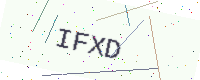
Text: IFXD